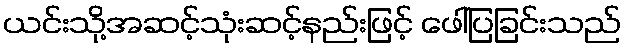
ယင်းသို့အဆင့်သုံးဆင့်နည်းဖြင့် ဖေါ်ပြခြင်းသည်